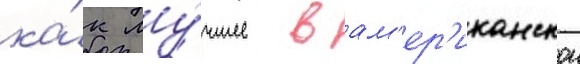
ка́к лу́чшее в ам'ер'иканскои